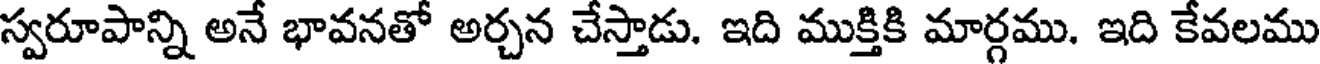
స్వరూపాన్ని అనే భావనతో అర్చన చేస్తాడు. ఇది ముక్తికి మార్గము. ఇది కేవలము